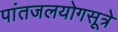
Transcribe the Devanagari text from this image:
पांतजलयोगसूत्रे